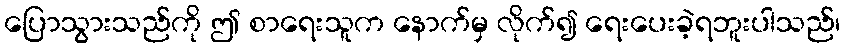
ပြောသွားသည်ကို ဤ စာရေးသူက နောက်မှ လိုက်၍ ရေးပေးခဲ့ရဘူးပါသည်၊